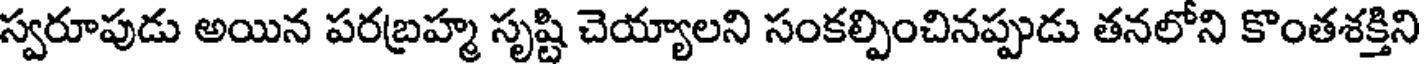
స్వరూపుడు అయిన పరబ్రహ్మ సృష్టి చెయ్యాలని సంకల్పించినప్పుడు తనలోని కొంతశక్తిని